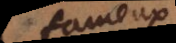
fameux